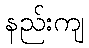
နည်းကျ